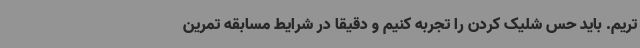
تریم. باید حس شلیک کردن را تجربه کنیم و دقیقا در شرایط مسابقه تمرین